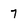
Character: 7